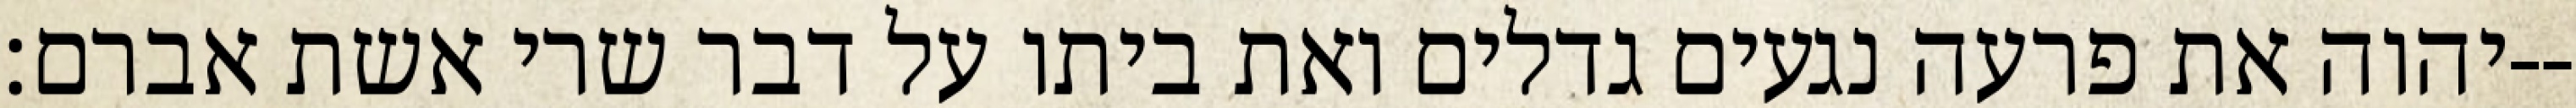
יהוה את פרעה נגעים גדלים ואת ביתו על דבר שרי אשת אברם׃--